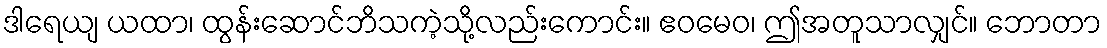
ဒါရေယျ ယထာ၊ ထွန်းဆောင်ဘိသကဲ့သို့လည်းကောင်း။ ဧဝမေဝ၊ ဤအတူသာလျှင်။ ဘောတာ